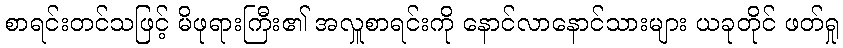
စာရင်းတင်သဖြင့် မိဖုရားကြီး၏ အလှူစာရင်းကို နောင်လာနောင်သားများ ယခုတိုင် ဖတ်ရှု